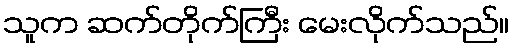
သူက ဆက်တိုက်ကြီး မေးလိုက်သည်။